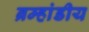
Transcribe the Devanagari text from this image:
ब्रम्हांडीय